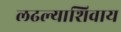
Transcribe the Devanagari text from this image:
लढल्याशिवाय